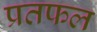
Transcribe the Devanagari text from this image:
प्रतफल